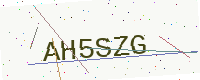
Text: AH5SZG